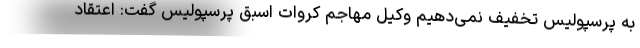
به پرسپولیس تخفیف نمی‌دهیم وکیل مهاجم کروات اسبق پرسپولیس گفت: اعتقاد